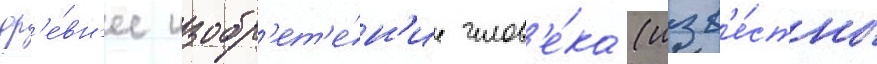
др'е́вн'ее изобр'ет'е́н'ие челов'е́ка (изв'е́стны